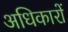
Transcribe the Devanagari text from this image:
अधिकारों